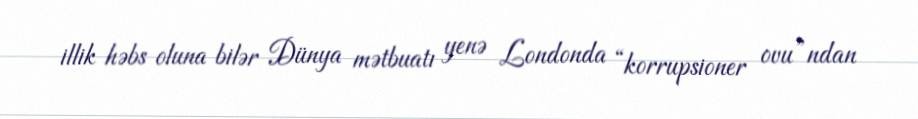
illik həbs oluna bilər Dünya mətbuatı yenə Londonda “korrupsioner ovu”ndan